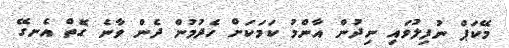
މޭކަޕް ނުފިލުވައި ނިދުން އާންމު ކަމަކަށް ހެދުމުން ދެން ވާނެ ގޮތް އެނގޭ